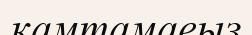
қамтамаеыз